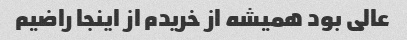
عالی بود همیشه از خریدم از اینجا راضیم